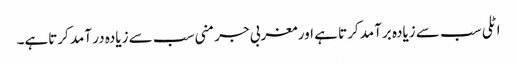
اٹلی سب سے زیادہ برآمد کرتا ہے اور مغربی جرمنی سب سے زیادہ در آمد کرتاہے۔